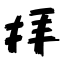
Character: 拝